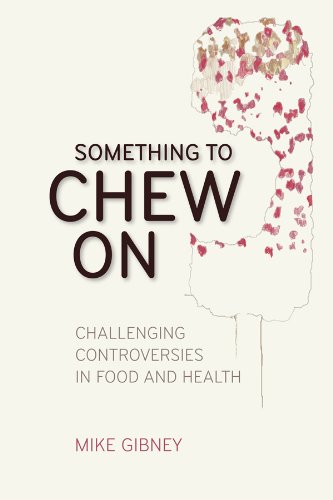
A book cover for Something to Chew On: Challenging Controversies in Food and Health; Mike Gibney; Health, Fitness & Dieting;